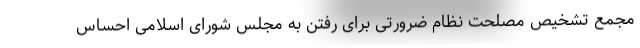
مجمع تشخیص مصلحت نظام ضرورتی برای رفتن به مجلس شورای اسلامی احساس